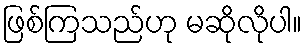
ဖြစ်ကြသည်ဟု မဆိုလိုပါ။